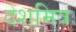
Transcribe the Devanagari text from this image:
देशमित्र